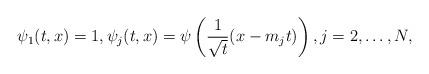
LaTeX: \begin{align*}\psi_1(t,x)=1, \psi_j(t,x)=\psi\left(\frac{1}{\sqrt{t}}(x-m_jt)\right),j=2,\dots,N,\end{align*}